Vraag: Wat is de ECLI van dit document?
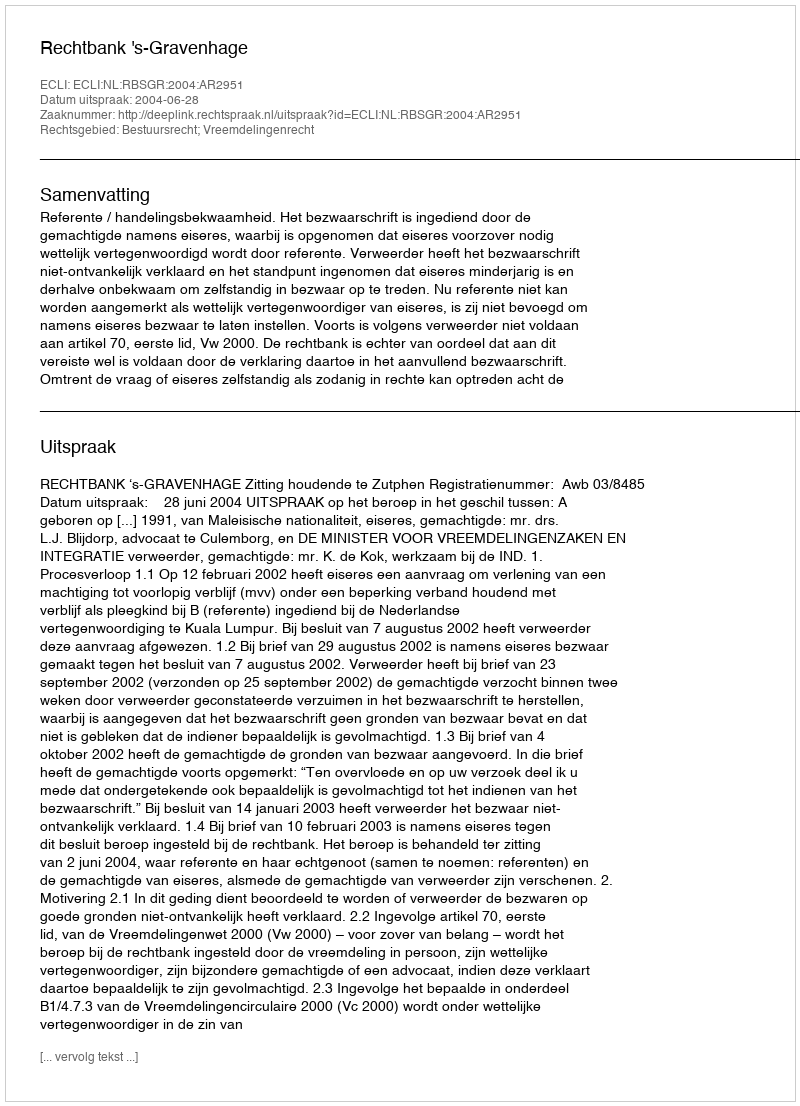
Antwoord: ECLI:NL:RBSGR:2004:AR2951